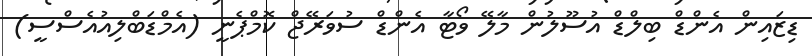
ޑިޒައިން އެންޑް ބިލްޑް އުސޫލުން މާލޭ ވޯޓާ އެންޑް ސުވަރޭޖް ކޮމްޕެނީ (އެމްޑަބްލިއުއެސްސީ)